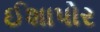
ઈશાપોર